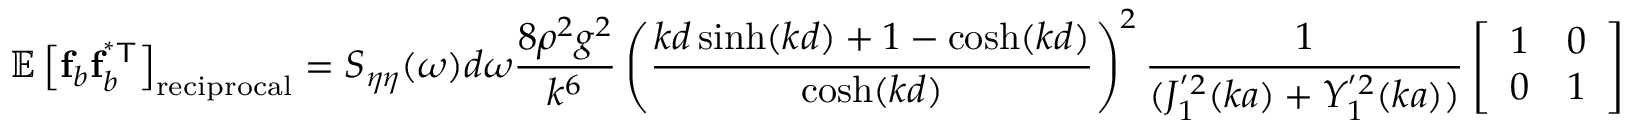
\mathbb { E } \left[ \mathbf { f } _ { b } \mathbf { f } _ { b } ^ { \mathsf { ^ { * } T } } \right] _ { \mathrm { r e c i p r o c a l } } = S _ { \eta \eta } ( \omega ) d \omega \frac { 8 \rho ^ { 2 } g ^ { 2 } } { k ^ { 6 } } \left( \frac { k d \sinh ( k d ) + 1 - \cosh ( k d ) } { \cosh ( k d ) } \right) ^ { 2 } \frac { 1 } { ( J _ { 1 } ^ { ' 2 } ( k a ) + Y _ { 1 } ^ { ' 2 } ( k a ) ) } \left[ \begin{array} { l l } { 1 } & { 0 } \\ { 0 } & { 1 } \end{array} \right]